Civil Veterinary Department Bihar & Orissa reports 1929-36 - 1929-1936
Year: 1929
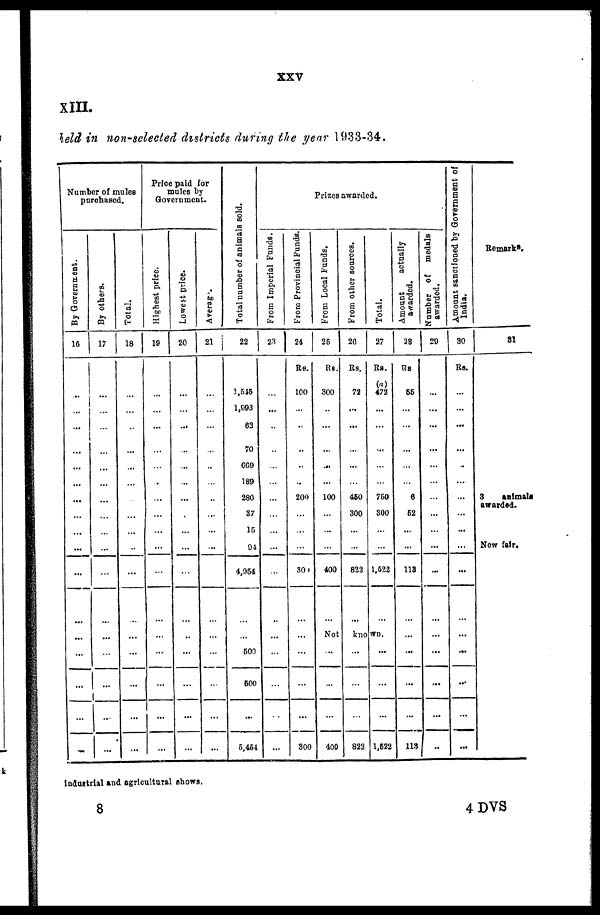
XXV
XIII.
held in non-selected districts during the year 1933-34.
Number of mules
purchased.
By Government.
10
..
...
...
...
...
...
...
...
...
...
...
...
...
...
...
...
...
By others.
17
...
...
...
...
...
...
...
...
...
...
...
...
...
...
...
..
...
Total.
18
...
...
..
...
...
...
...
...
...
...
...
...
...
...
...
...
...
Price paid for
mules by
Government.
Highest price.
10
...
...
...
...
...
.
...
...
...
...
...
...
...
...
...
...
...
Lowest price.
20
...
...
...
..
...
...
...
.
...
...
...
...
..
...
...
...
...
Averag .
21
...
...
...
..
...
...
...
...
...
...
...
...
...
...
..
...
...
Total number of animals sold.
22
1,545
1,993
63
70
669
189
280
37
15
94
4,964
...
...
500
500
...
5,454
Prizes awarded.
From Imperial Funds.
23
...
...
..
..
...
...
...
...
...
...
...
...
...
...
...
. .
...
From
Provincial Funds.
24
Re.
100
...
..
..
...
...
200
...
..
...
300
...
...
...
...
...
300
From Local Funds.
26
Rs.
300
..
...
...
...
...
100
...
...
...
400
...
From other sources.
20
Rs.
78
...
...
...
...
...
460
300
...
...
822
...
Total.
27
Rs.
(a)
472
...
...
...
...
...
750
300
...
...
1,622
...
Not known.
..
..
...
400
...
...
...
822
...
...
...
1,522
Amount
actually
awarded.
28
Rs
66
...
...
...
...
...
6
52
...
...
113
...
...
...
...
113
Number of
medals
awarded.
20
...
...
...
...
...
...
...
...
...
...
...
...
...
...
..
..
A mount sanctioned by Government of
India.
30
Rs.
...
...
...
...
-
...
...
...
...
...
...
...
...
...
...
...
Remarks.
31
3
animals
awarded.
New fair.
Industrial and agricultural shows.
8
4 DVS